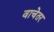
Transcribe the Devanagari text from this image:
वाचेतर